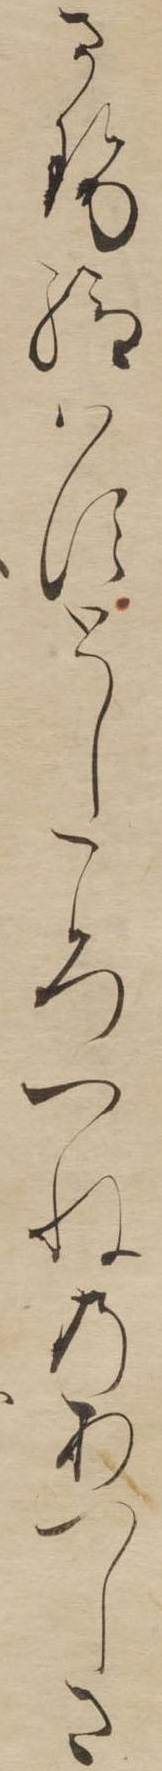
させ給はすとしころつねのあつしさ